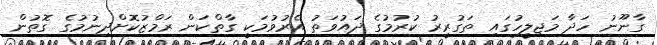
ގާނޫނު ހަދާ މަޖިލީހުގައި ތަގުރީރު ކުރުމުގެ ދައުވަތު އެރުވުމަކީ ގާތްކަން ރަމްޒުކޮށްދިނުމުގެ ގޮތުން